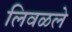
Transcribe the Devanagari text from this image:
लिवळले